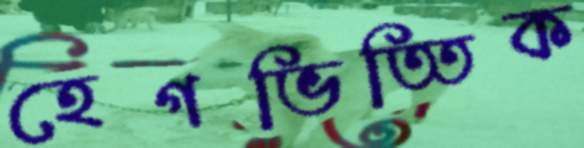
হেগভিত্তিক